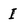
Character: I